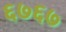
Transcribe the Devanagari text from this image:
६७६७